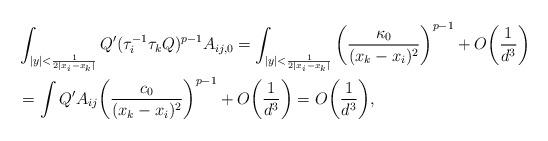
LaTeX: \begin{align*}&\int_{|y|<\frac{1}{2|x_i-x_k|}}Q'(\tau_i^{-1}\tau_kQ)^{p-1}A_{ij,0}=\int_{|y|<\frac{1}{2|x_i-x_k|}}\bigg(\frac{\kappa_0}{(x_k-x_i)^2}\bigg)^{p-1}+O\bigg(\frac{1}{d^3}\bigg)\\&=\int Q'A_{ij}\bigg(\frac{c_0}{(x_k-x_i)^2}\bigg)^{p-1}+O\bigg(\frac{1}{d^3}\bigg)=O\bigg(\frac{1}{d^3}\bigg),\end{align*}